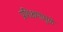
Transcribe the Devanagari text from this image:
प्रशिक्षणामुळे